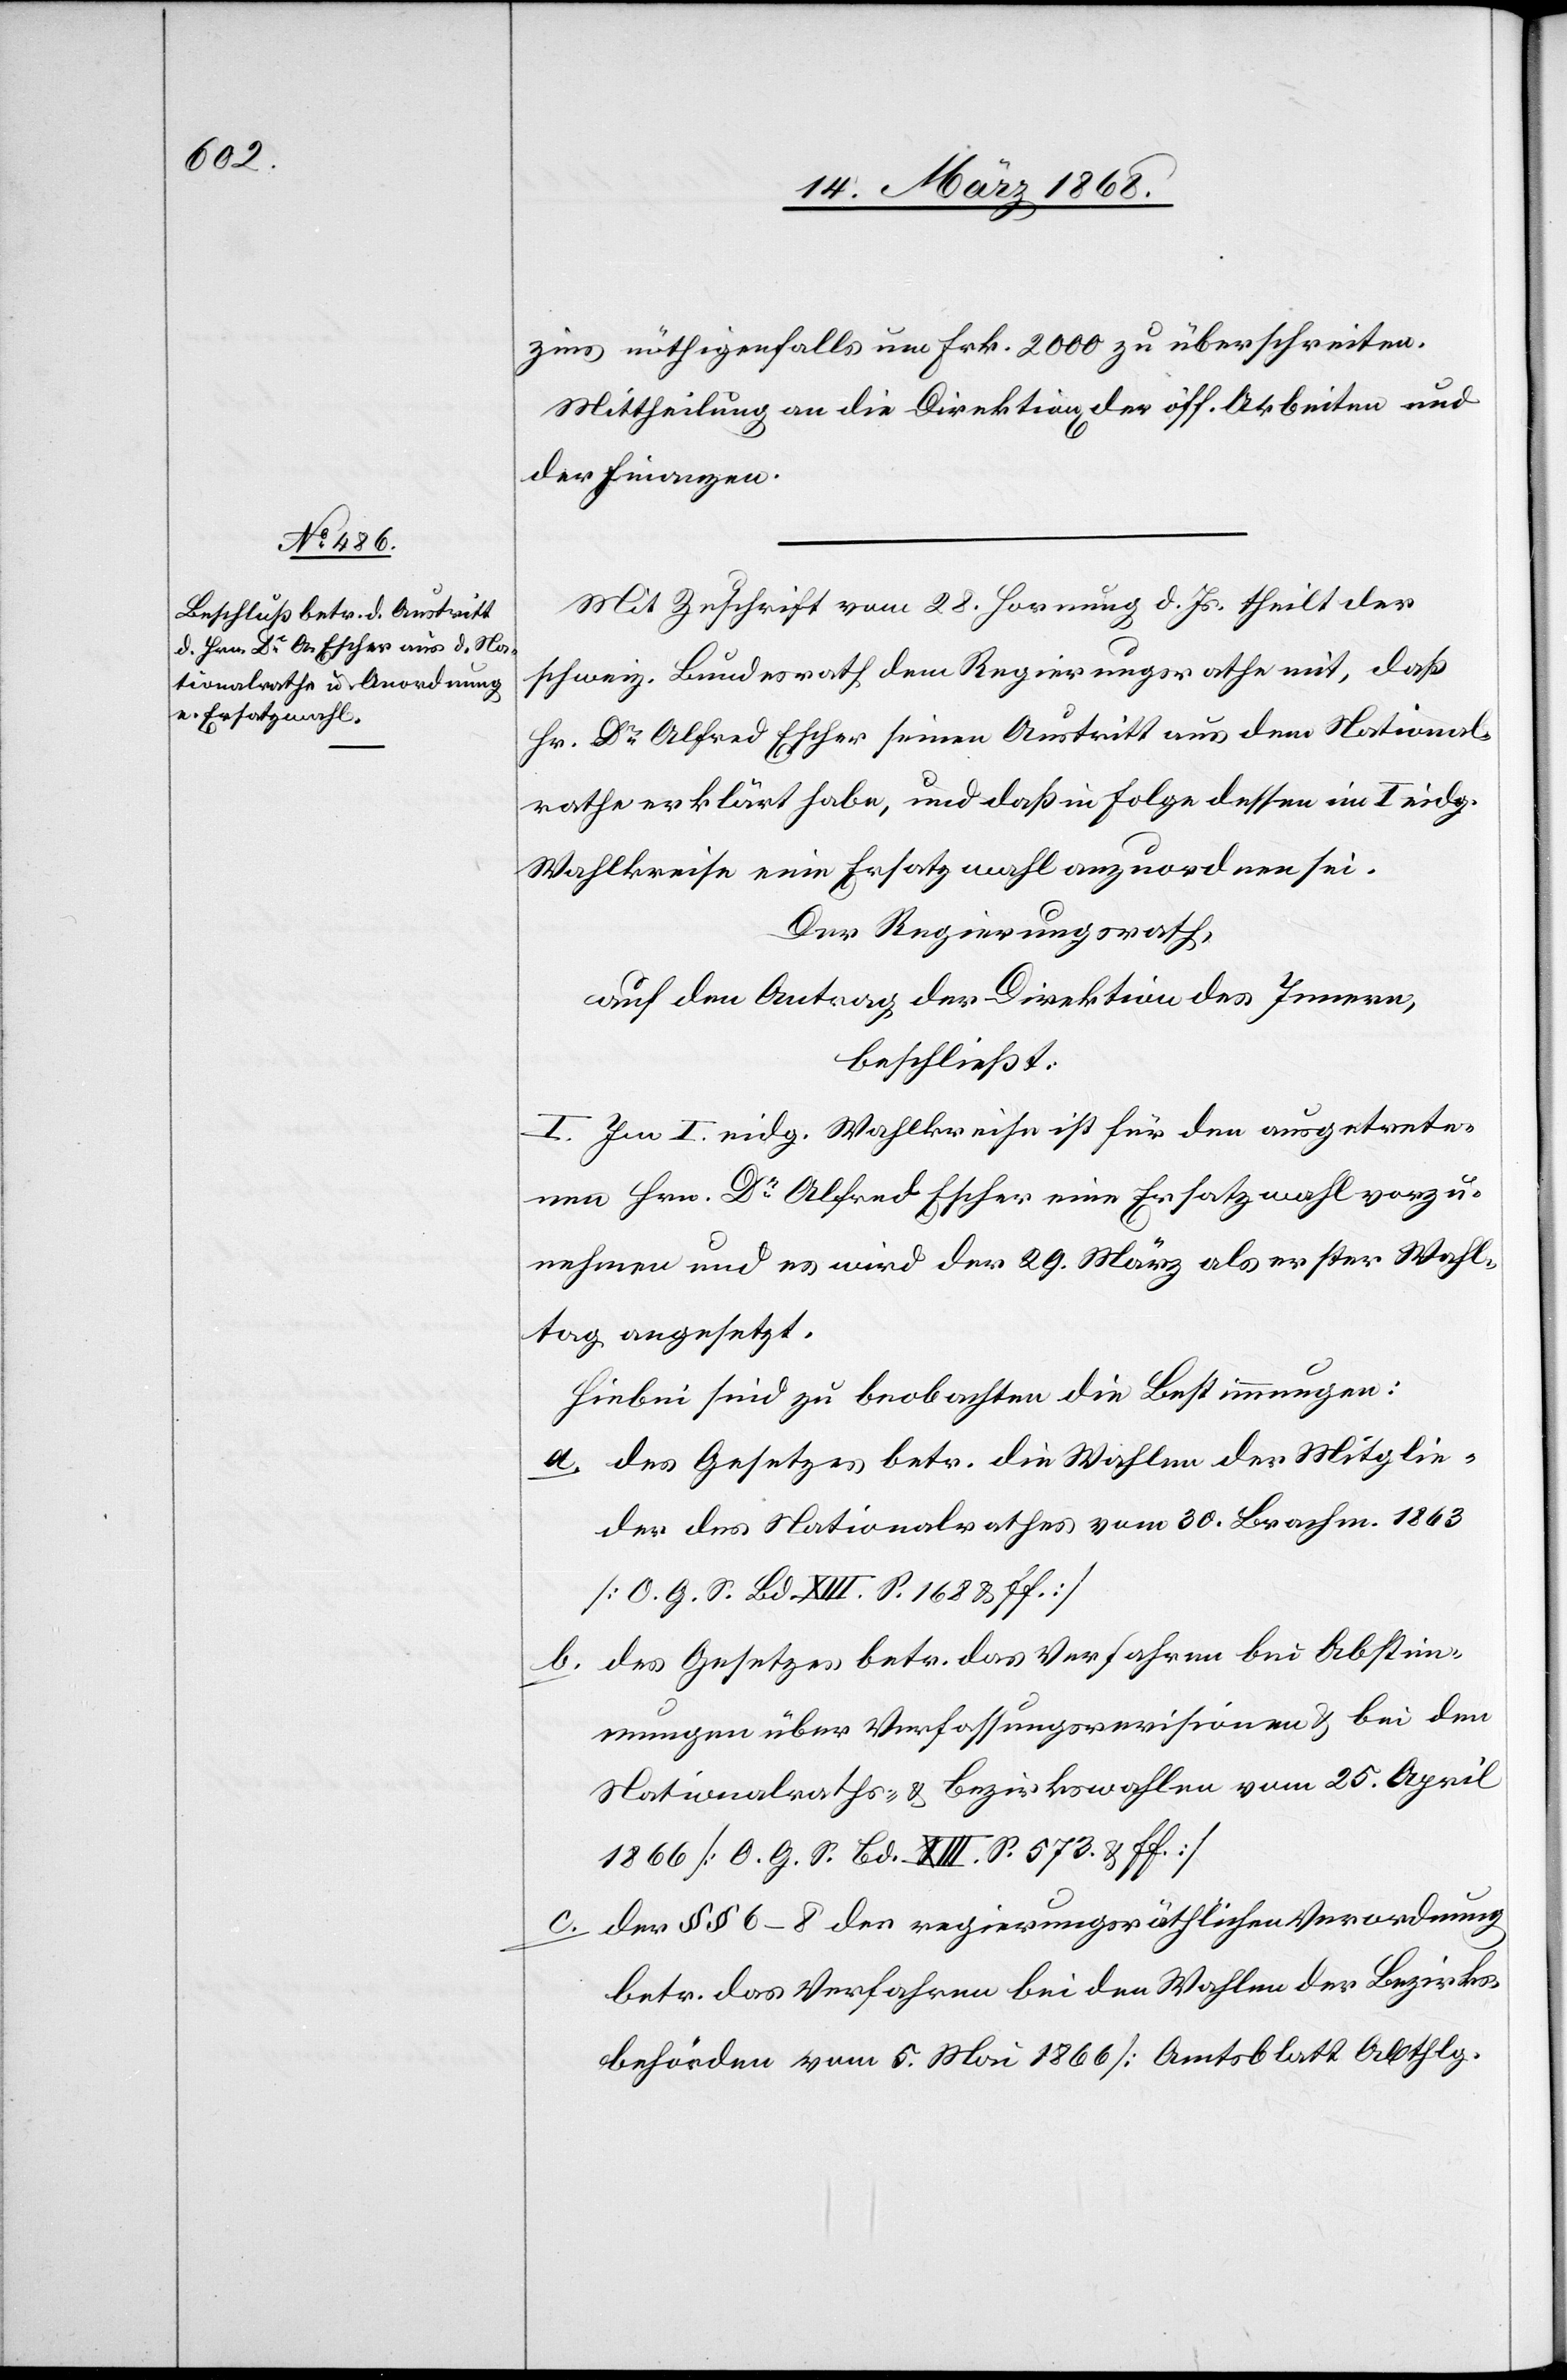
zins nöthigenfalls um Frk. 2000 zu überschreiten.
Mittheilung an die Direktion[en] der öff. Arbeiten und
der Finanzen.
Mit Zuschrift vom 28. Hornung d. Js. theilt der
schweiz. Bundesrath dem Regierungsrathe mit, daß
Hr. Dr. Alfred Escher seinen Austritt aus dem National¬
rathe erklärt habe, und daß in Folge dessen im I eidg.
Wahlkreise eine Ersatzwahl anzuordnen sei.
Der Regierungsrath,
auf den Antrag der Direktion des Innern,
beschließt:
I. Im I. eidg. Wahlkreise ist für den ausgetrete¬
nen Hrn. Dr. Alfred Escher eine Ersatzwahl vorzu¬
nehmen und es wird der 29. März als erster Wahl¬
tag angesetzt.
Hiebei sind zu beobachten die Bestimmungen:
des Gesetzes betr. die Wahlen der Mitglie¬
der des Nationalrathes vom 30. Brachm. 1863
[O. G. S. Bd. XIII. S. 168 & ff.]
des Gesetzes betr. das Verfahren bei Abstim¬
mungen über Verfassungsrevisionen & bei den
Nationalraths- & Bezirkswahlen vom 25. April
1866 [O. G. S. Bd. XIII. S. 573. & ff.]
der §§ 6–8 der regierungsräthlichen Verordnung
betr. das Verfahren bei den Wahlen der Bezirks¬
behörden vom 5. Mai 1866 [Amtsblatt Abthlg.